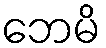
ဘေမိ